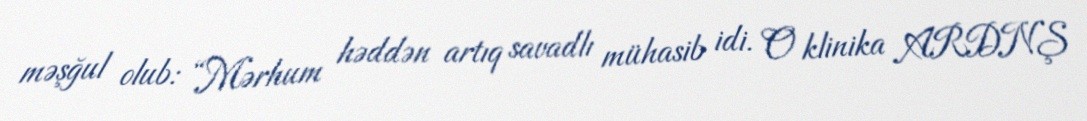
məşğul olub: “Mərhum həddən artıq savadlı mühasib idi. O klinika ARDNŞ